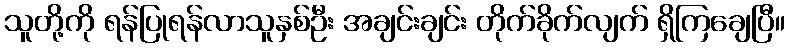
သူတို့ကို ရန်ပြုရန်လာသူနှစ်ဦး အချင်းချင်း တိုက်ခိုက်လျက် ရှိကြချေပြီ။